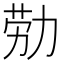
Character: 𫦰